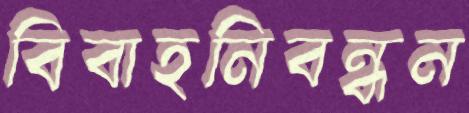
বিবাহনিবন্ধন